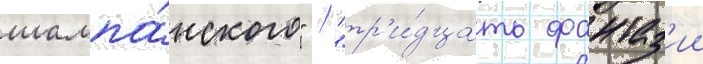
шампа́нского" / "тр'и́дцать фантаз'ии